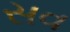
સવ